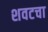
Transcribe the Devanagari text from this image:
शवटचा